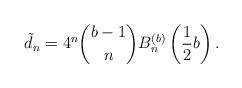
LaTeX: \begin{gather*}\tilde d_n= 4^n\binom{b-1}{n}B_n^{(b)}\left(\frac12 b\right) .\end{gather*}